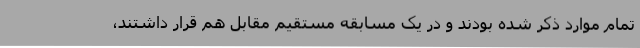
تمام موارد ذکر شده بودند و در یک مسابقه مستقیم مقابل هم قرار داشتند،